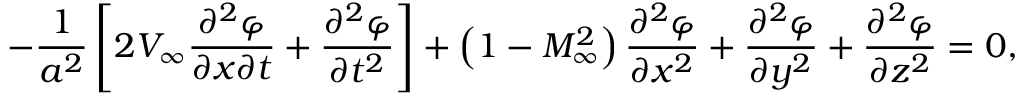
- { \frac { 1 } { a ^ { 2 } } } \left[ 2 V _ { \infty } { \frac { \partial ^ { 2 } \varphi } { \partial x \partial t } } + { \frac { \partial ^ { 2 } \varphi } { \partial t ^ { 2 } } } \right] + \left( 1 - M _ { \infty } ^ { 2 } \right) { \frac { \partial ^ { 2 } \varphi } { \partial x ^ { 2 } } } + { \frac { \partial ^ { 2 } \varphi } { \partial y ^ { 2 } } } + { \frac { \partial ^ { 2 } \varphi } { \partial z ^ { 2 } } } = 0 ,